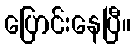
ပြောင်းနေပြီ။